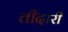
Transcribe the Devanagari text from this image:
तीदारी